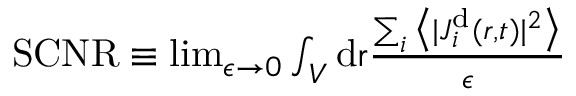
\begin{array} { r } { \mathrm { S C N R } \equiv \operatorname* { l i m } _ { \epsilon \rightarrow 0 } \int _ { V } \mathrm { d } \mathbf { { \boldsymbol { r } } } \frac { \sum _ { i } \big \langle \vert { { \boldsymbol { J } } } _ { i } ^ { \mathrm { d } } ( { \boldsymbol { r } } , t ) \vert ^ { 2 } \big \rangle } { \epsilon } } \end{array}